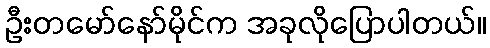
ဦးတမော်နော်မိုင်က အခုလိုပြောပါတယ်။